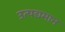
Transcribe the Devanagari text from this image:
उत्पद्यमान